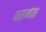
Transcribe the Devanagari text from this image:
परार्मश